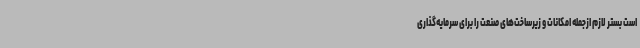
است بستر لازم ازجمله امکانات و زیرساخت‌های صنعت را برای سرمایه‌گذاری